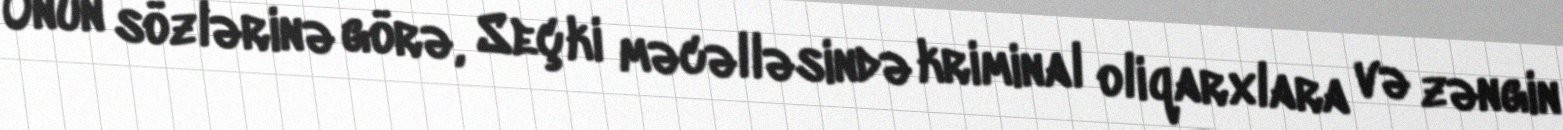
Onun sözlərinə görə, Seçki məcəlləsində kriminal oliqarxlara və zəngin